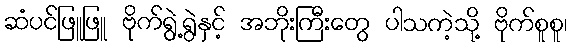
ဆံပင်ဖြူဖြူ ဗိုက်ရွဲ့ရွဲနှင့် အဘိုးကြီးတွေ ပါသကဲ့သို့ ဗိုက်စူစူ၊